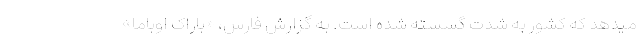
میدهد که کشور به شدت گسسته شده است. به گزارش فارس، «باراک اوباما»